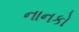
નાનકો